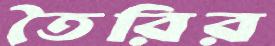
তৈরির